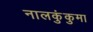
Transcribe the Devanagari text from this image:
नालकुंकुमा